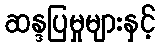
ဆန္ဒပြမှုများနှင့်